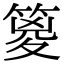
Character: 䈦